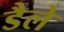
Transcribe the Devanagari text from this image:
डैले